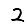
Digit: 2